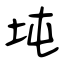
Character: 坉